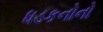
ધડકનોનો